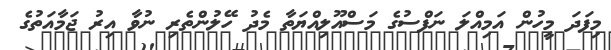
މިފަދަ މީހުން އަމިއްލަ ނަފްސުގެ މަސްއޫލިއްޔަތާ މެދު ހޭލުންތެރި ނުވާ އިރު ޖަމާއަތުގެ